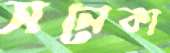
সনেকা